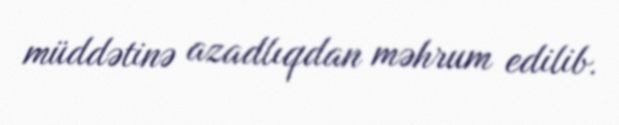
müddətinə azadlıqdan məhrum edilib.